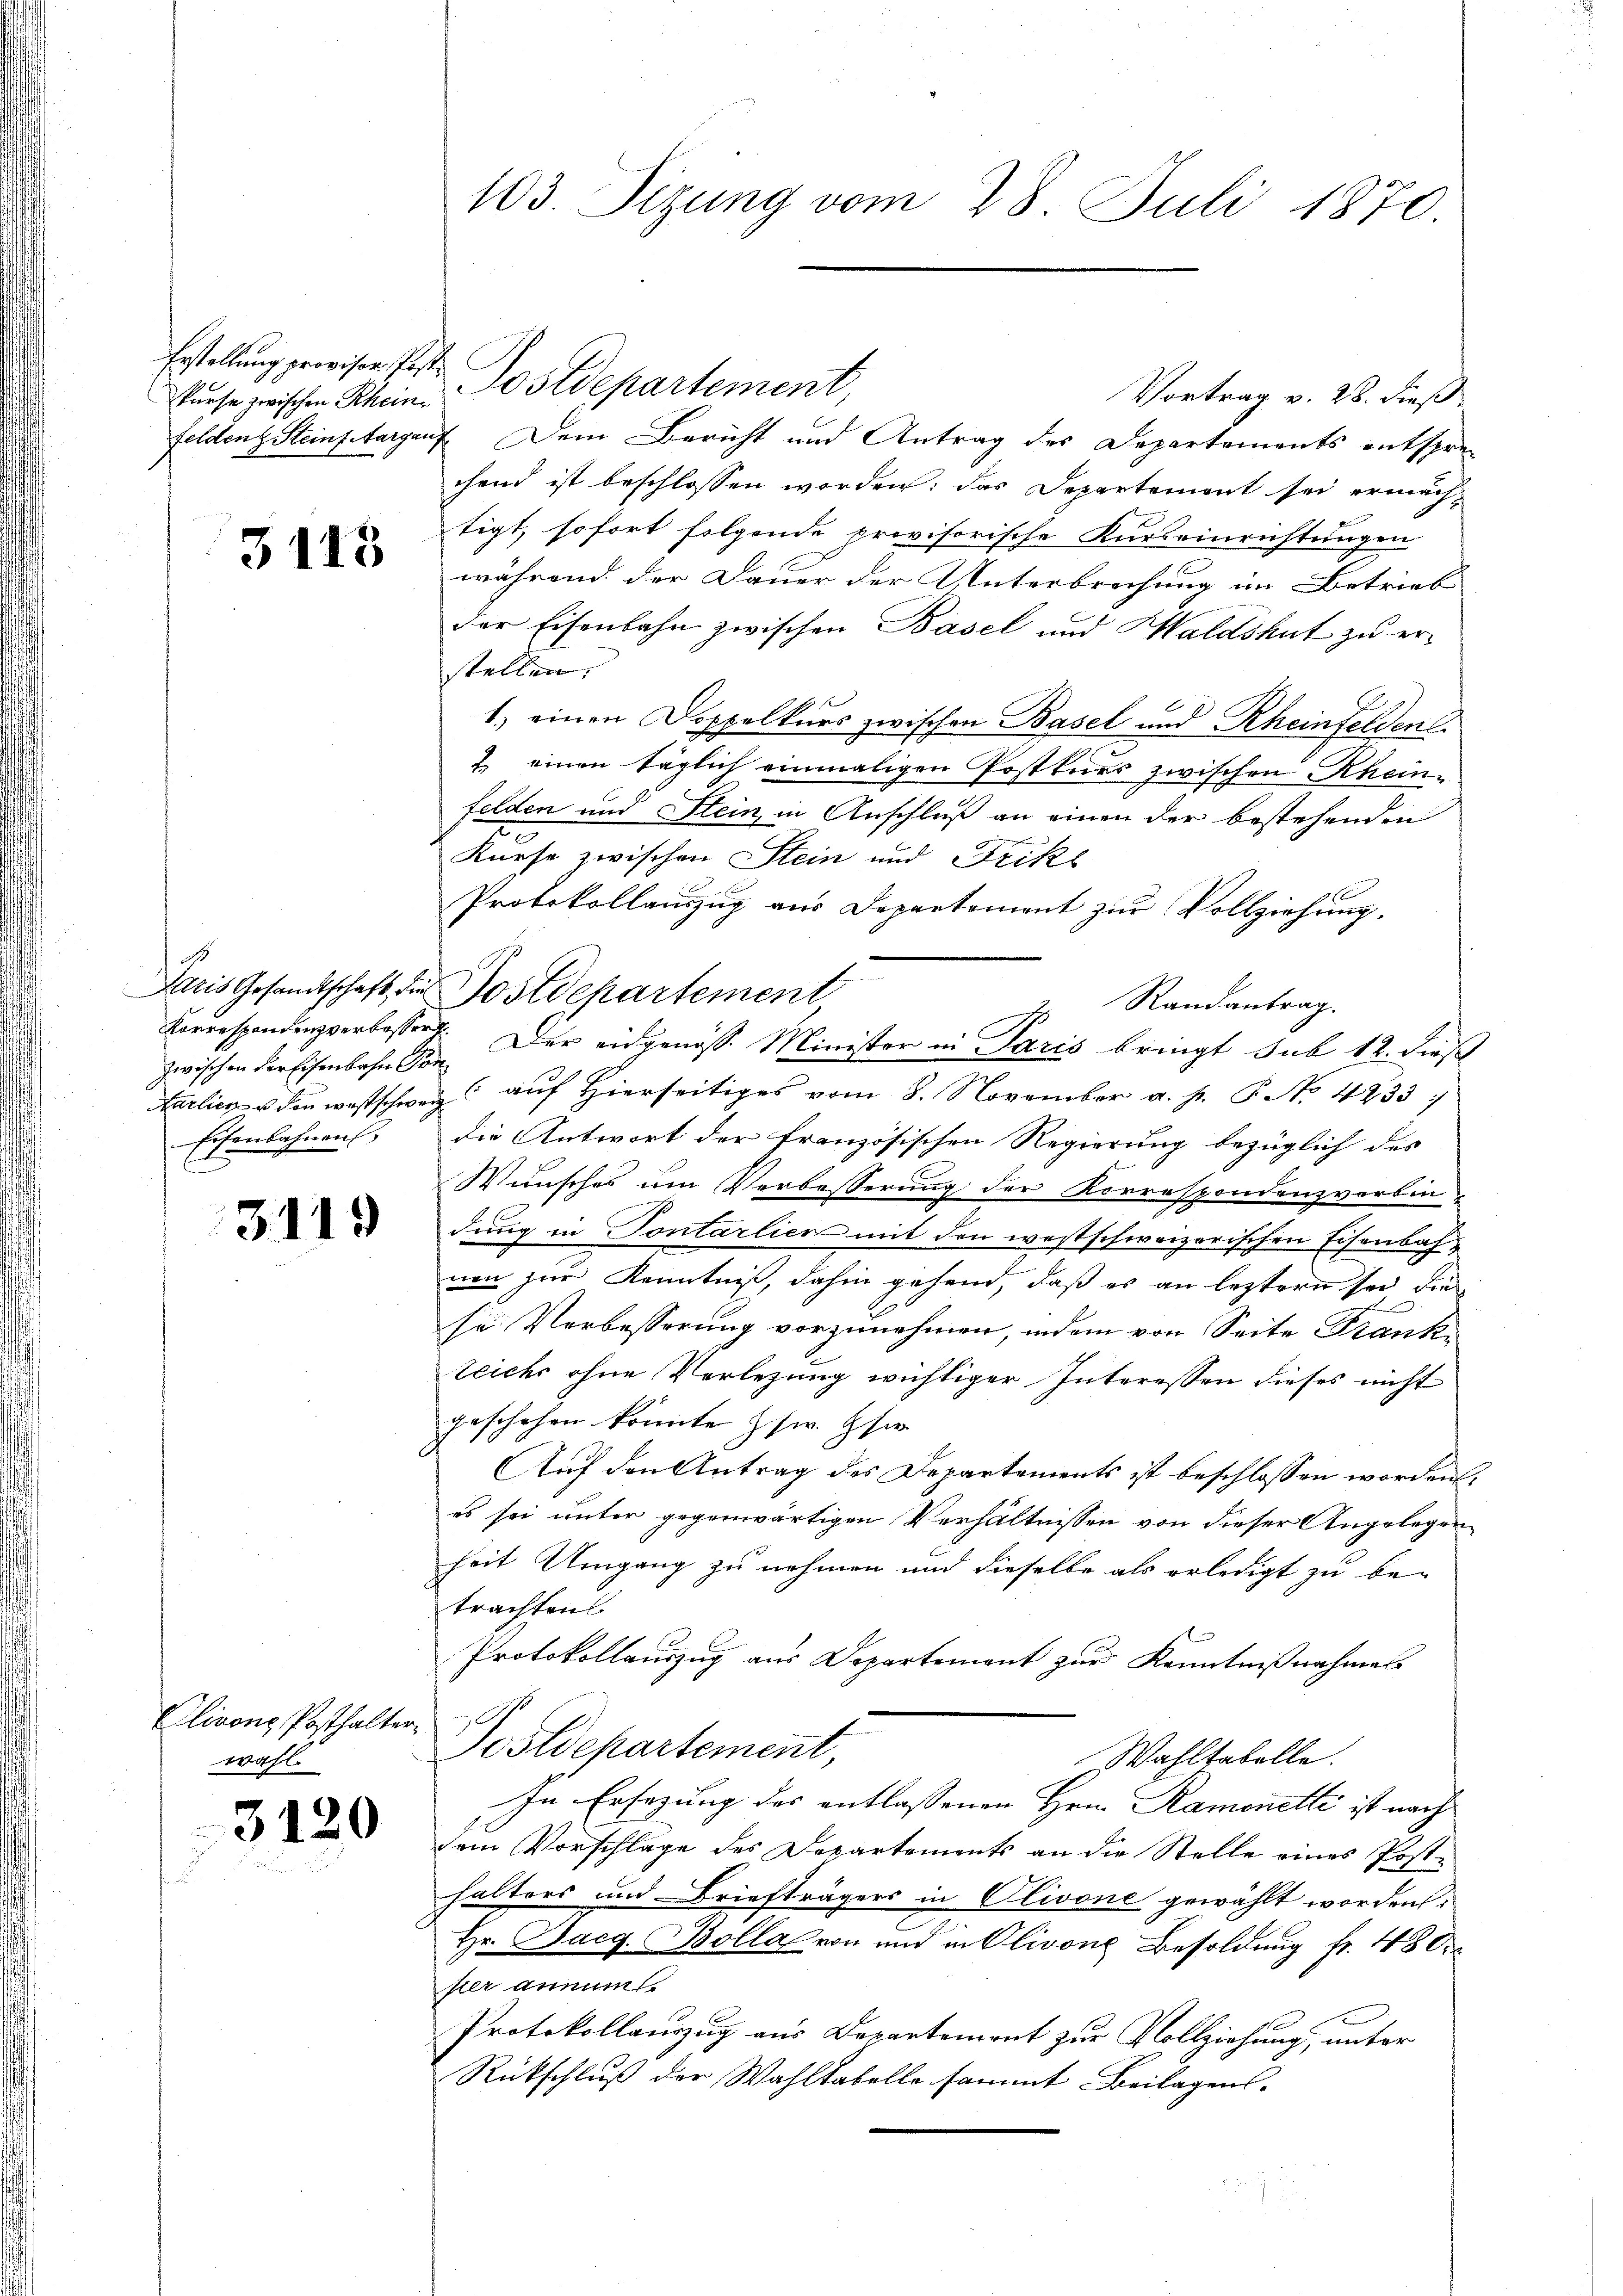
kurse zwischen Rhein

3113

zwischen der Eisenbahn von
Eisenbahnen,

3119

Clivone, Posthalter
wahl.

3120

103. Sizung vom 28. Juli 1870.

Vortrag v. 28. dieß
felden Steinpetargauf. Dem Bericht und Antrag des Departements entspre
chend ist beschlossen worden; das Departement sei ermächtigt, sofort folgende provisorische Kurseinrichtungen
während der Dauer der Unterbrechung im Betrieb
der Eisenbahn zwischen Basel und Haldshut zu erstellen.
1.) einen Doppelkurs zwischen Basel und Rheinfelden
2. einen täglich einmaligen Postkurs zwischen Rheinfelden und Stein, in Anschluß an einen der bestehenden
Kurse zwischen Stein und Frike
Protokollanzŭg aŭs Departement zŭr Vollziehung,
2 Randantrag.
arlin u. den westschweiz auf hierseitiges vom 8. November a. p. P. Nr. 4233/
die Antwort der französischen Regierung bezüglich des |
Wunsches um Verbesserung der Korrespondenzvorbin-
dung in Sontarlier mit den westschweizerischen Eisenbahnen zur Kenntniß, dahin gehend, daß es an leztern sei die
se Verbesserung vorzunehmen, indem von Seite Frank-
teichs ohne Verlegung wichtiger Interessen dieses nicht
geschehen könnte Zsw. Her
Auf den Antrag des Departements ist beschlossen worden.
es sei unter gegenwärtigen Verhältnissen von dieser Angelegen
heit Umgang zu nehmen und dieselbe als erledigt zu be-
trachtens
Protokollauszug aus Departement zŭr Kenntnißnahmes
Postdepartement,
Wahltabelle.
In Ersezung des entlassenen Hrn. Ramonetti ist nach
dem Vorschlage des Departements an die Stelle eines Post-
halters und Briefträgers in Olivone gewählt worden.
Hr. Dacg. Bolla von und in Olivone Besoldung fr. 480
ster annual
Protokollauszug aus Departement zur Vollziehung, unter
Rückschluß der Wahltabello sammt Beilagens¬

Erstellung geweiser Post Postdepartement,

Paris Gesandtschaft die Postdepartement
B
Korrespondenzverbesser. Der eidgenöss. Minister in Paris bringt sub 12. dieß